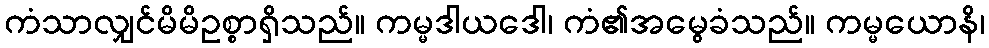
ကံသာလျှင်မိမိဥစ္စာရှိသည်။ ကမ္မဒါယဒေါ၊ ကံ၏အမွေခံသည်။ ကမ္မယောနိ၊